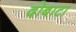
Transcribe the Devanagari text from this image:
दोबाटा